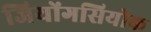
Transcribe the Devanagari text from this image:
जियोंगसियोक